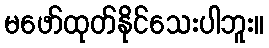
မဖော်ထုတ်နိုင်သေးပါဘူး။